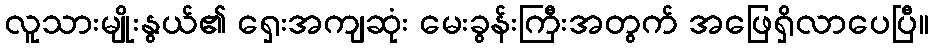
လူသားမျိုးနွယ်၏ ရှေးအကျဆုံး မေးခွန်းကြီးအတွက် အဖြေရှိလာပေပြီ။